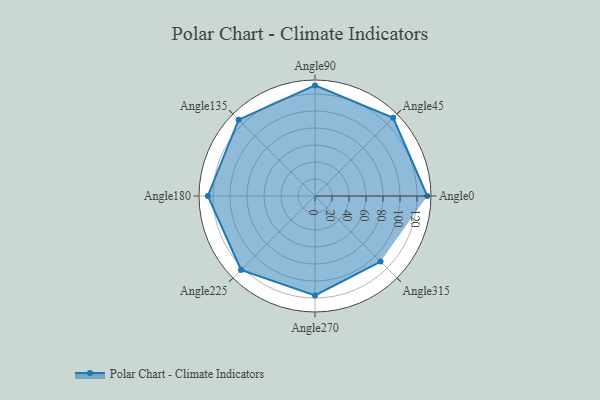
{"axis": {"x": "Angle", "y": "Radius"}, "legend": [""], "data": [{"x": "Angle0", "y": 132.0, "type": ""}, {"x": "Angle45", "y": 130.0, "type": ""}, {"x": "Angle90", "y": 130.0, "type": ""}, {"x": "Angle135", "y": 127.0, "type": ""}, {"x": "Angle180", "y": 126.0, "type": ""}, {"x": "Angle225", "y": 123.0, "type": ""}, {"x": "Angle270", "y": 117.0, "type": ""}, {"x": "Angle315", "y": 109.0, "type": ""}]}